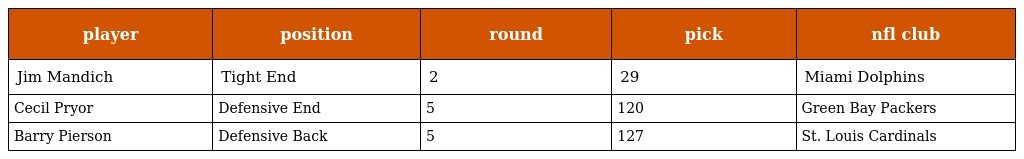
| player | position | round | pick | nfl club |
 | --- | --- | --- | --- | --- |
 | Jim Mandich | Tight End | 2 | 29 | Miami Dolphins |
 | Cecil Pryor | Defensive End | 5 | 120 | Green Bay Packers |
 | Barry Pierson | Defensive Back | 5 | 127 | St. Louis Cardinals |